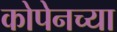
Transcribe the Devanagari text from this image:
कोपेनच्या